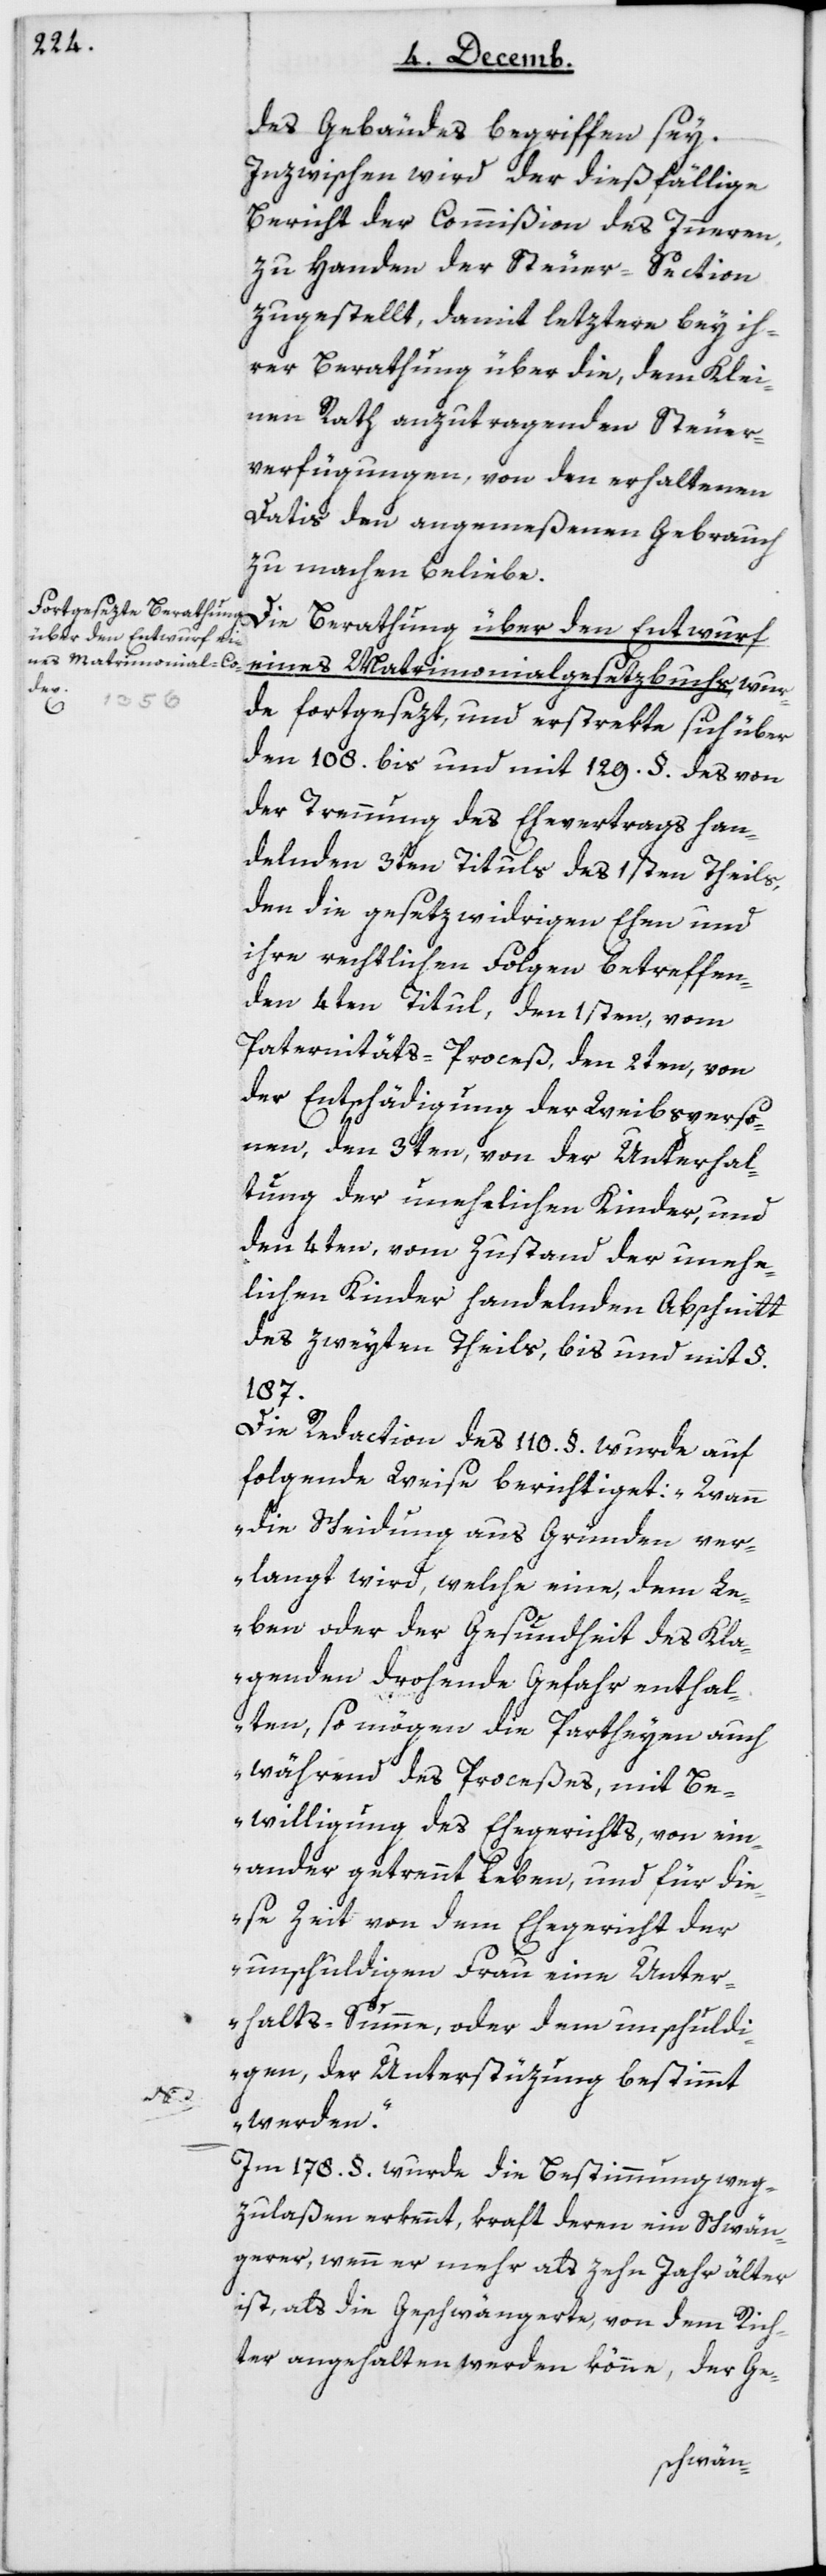
des Gebäudes begriffen sey.
Inzwischen wird der diesfällige
Bericht der Commißion des Innern,
zu Handen der Steuer-Section
zugestellt, damit letztre bey ih¬
rer Berathung über die, dem Klei¬
nen Rath anzutragenden Steuer¬
verfügungen, von den erhaltenen
Datis den angemeßenen Gebrauch
zu machen beliebe.
Die Berathung über den Entwurf
eines Matrimonialgesetzbuchs wur¬
de fortgesezt, und erstrekte sich über
den 108 bis und mit 129ten § des von
der Trennung des Ehevertrags han¬
delnden 3ten Tituls des 1sten Theils,
den die gesetzwidrigen Ehen und
ihre rechtlichen Folgen betreffen¬
den 4ten Titul, den 1sten vom
Paternitäts-Proceß, den 2ten von
der Entschädigung der Weibsperso¬
nen, den 3ten von der Unterhal¬
tung der unehelichen Kinder, und
den 4ten vom Zustand der unehe¬
lichen Kinder handelnden Abschnitt
des zweyten Theils, bis und mit §
187.
Die Redaction des 110 § wurde auf
folgende Weise berichtiget: „Wann
die Scheidung aus Gründen ver¬
langt wird, welche eine, dem Le¬
ben oder der Gesundheit des Kla¬
genden drohende Gefahr enthal¬
ten, so mögen die Partheyen auch
während des Proceßes, mit Be¬
willigung des Ehegerichts, von ein¬
ander getrennt leben, und für die¬
se Zeit von dem Ehegericht der
unschuldigen Frau eine Unter¬
halts-Summe oder dem Unschuldi¬
gen, der Unterstüzung bestimmt
werden.“
Im 178 § wurde die Bestimmung weg¬
zulaßen erkennt, kraft deren ein Schwän¬
gerer, wenn er mehr als zehn Jahr älter
ist, als die Geschwängerte, von dem Rich¬
ter angehalten werden könne, der Ge-